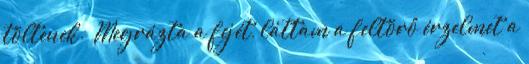
töltenek.” Megrázta a fejét, láttam a feltörő érzelmet a